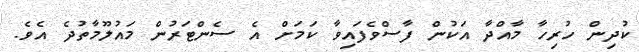
ކުދިން ހުރިހާ މާއްދާ އަކުން ފާސްވެފައިވާ ކަމަށް އެ ސެންޓަރުން މައުލޫމާތުދެ އެވެ.